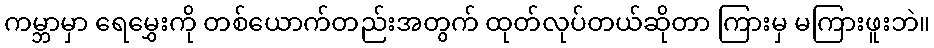
ကမ္ဘာမှာ ရေမွှေးကို တစ်ယောက်တည်းအတွက် ထုတ်လုပ်တယ်ဆိုတာ ကြားမှ မကြားဖူးဘဲ။